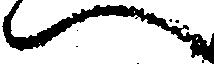
へ